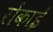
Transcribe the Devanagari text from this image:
रोंकाई